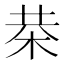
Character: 㭟